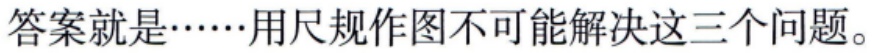
答案就是……用尺规作图不可能解决这三个问题。